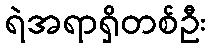
ရဲအရာရှိတစ်ဦး